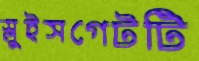
স্লুইসগেটটি